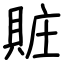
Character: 賍